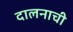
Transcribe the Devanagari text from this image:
दालनाची